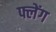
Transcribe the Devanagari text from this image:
फ्लेंग